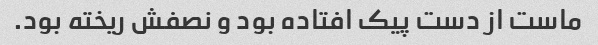
ماست از دست پیک افتاده بود و نصفش ریخته بود.